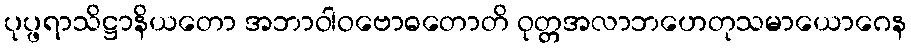
ပုပ္ဖရာသိဋ္ဌာနိယတော အဘာဝါဝဗောဓတောတိ ဝုတ္တအလာဘဟေတုသမာယောဂေန